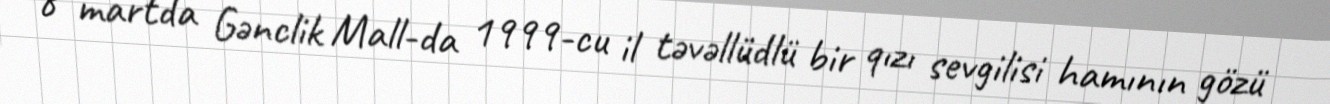
8 martda Gənclik Mall-da 1999-cu il təvəllüdlü bir qızı sevgilisi hamının gözü